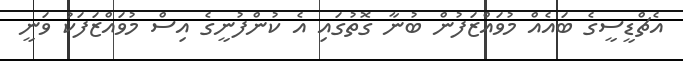
އެޗްޑީސީގެ ބައެއް މުވައްޒަފުން ބުނާ ގޮތުގައި އެ ކުންފުނީގެ އިސް މުވައްޒަފަކު ވަނީ